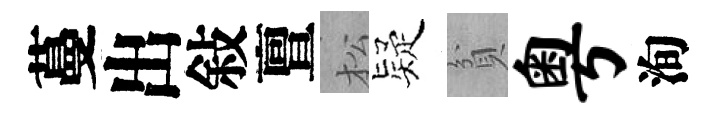
蔓出敍亶松疑貧粤洵